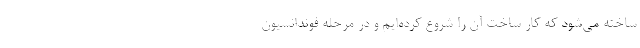
ساخته می‌شود که کار ساخت آن را شروع کرده‌ایم و در مرحله فوندانسیون